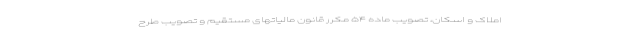
املاک و اسکان، تصویب ماده ۵۴ مکرر قانون مالیاتهای مستقیم و تصویب طرح